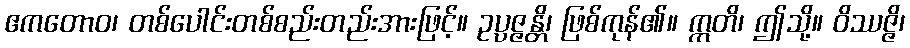
ဧကတောဝ၊ တစ်ပေါင်းတစ်စည်းတည်းအားဖြင့်။ ဥပ္ပဇ္ဇန္တိ၊ ဖြစ်ကုန်၏။ ဣတိ၊ ဤသို့။ ဝိဿဇ္ဇိ၊